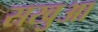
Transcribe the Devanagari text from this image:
सखुआ